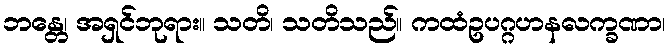
ဘန္တေ၊ အရှင်ဘုရား။ သတိ၊ သတိသည်။ ကထံဥပဂ္ဂဟနလက္ခဏာ၊